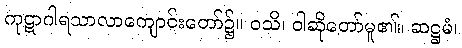
ကုဋာဂါရသာလာကျောင်းတော်၌။ ဝသိ၊ ဝါဆိုတော်မူ၏။ ဆဋ္ဌမံ၊